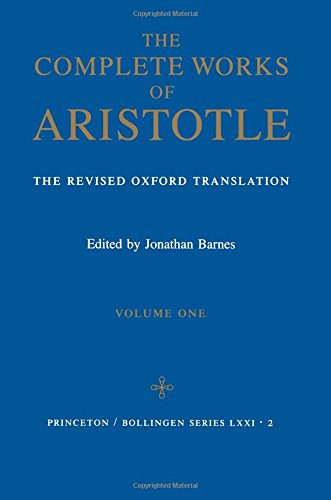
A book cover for Complete Works of Aristotle, Vol. 1; Aristotle; Politics & Social Sciences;